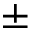
\pm